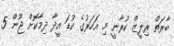
ބާރަތް ރިލީޒް ކުރާނީ މި އަހަރުގެ ކުޑަ އީދާ ދިމާކޮށް ޖޫން 5